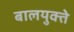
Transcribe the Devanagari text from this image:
बालयुक्ते